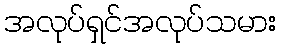
အလုပ်ရှင်အလုပ်သမား